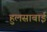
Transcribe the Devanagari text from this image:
हुलसाबाई